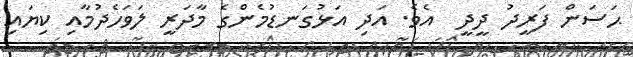
ޙަސަން ފަރީދު ދީދީ  އެވެ. އަދި އަޅުގަނޑުމެންގެ މާދަރީ ލަވަހެދުމާއި ކިޔައި